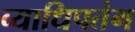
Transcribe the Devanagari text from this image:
व्याधिपतंग